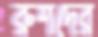
রুশদের